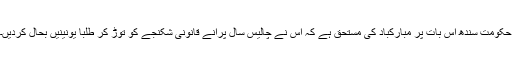
حکومت سندھ اس بات پر مبارکباد کی مستحق ہے کہ اس نے چالیس سال پرانے قانونی شکنجے کو توڑ کر طلبا یونینیں بحال کردیں۔